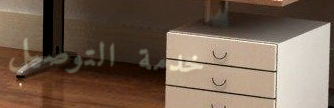
خدمة التوصيل